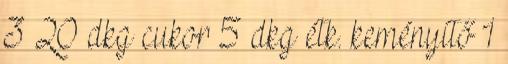
3 20 dkg cukor 5 dkg étk. keményítő 1